Subject: physics
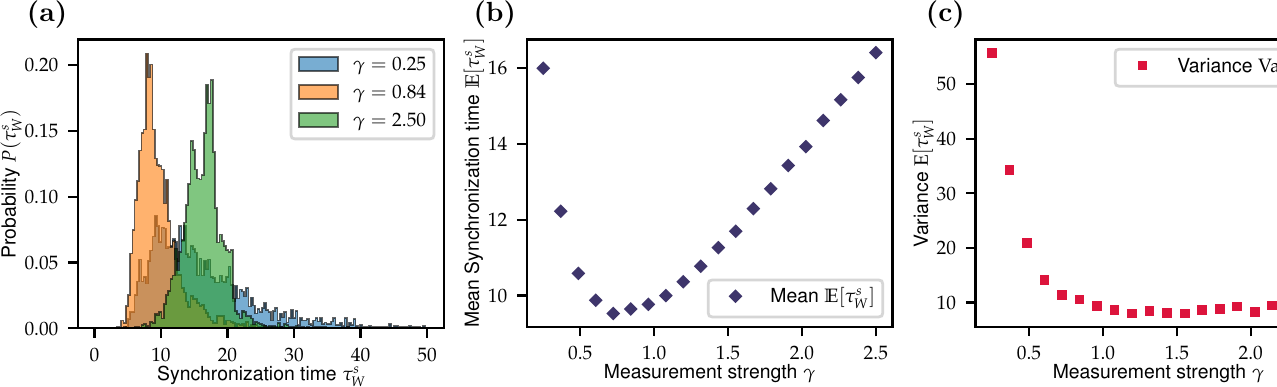
LaTeX code:
  \begin{tikzpicture}
    \node (a) [label={[label distance=-0.2 cm]130: \textbf{(a)}}] at (0,0) {\includegraphics{1654_sync-time.pdf}};
    \node (b) [label={[label distance=-0.2 cm]130: \textbf{(b)}}] at (5.7,0) {\includegraphics{1655_mean.pdf}};
    \node (c) [label={[label distance=-0.2 cm]130: \textbf{(c)}}] at (11.4,0) {\includegraphics{1656_variance.pdf}};
  \end{tikzpicture}